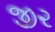
જી૨